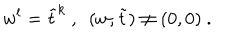
w ^ { l } = \tilde { t } ^ { k } \ , \ \ ( w , \tilde { t } ) \neq ( 0 , 0 ) \ .